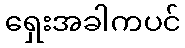
ရှေးအခါကပင်